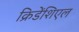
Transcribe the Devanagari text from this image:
क्रिडेंशिएल